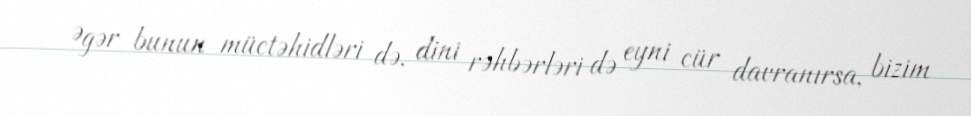
Əgər bunun müctəhidləri də, dini rəhbərləri də eyni cür davranırsa, bizim